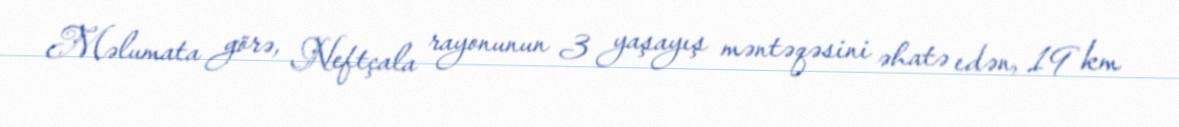
Məlumata görə, Neftçala rayonunun 3 yaşayış məntəqəsini əhatə edən, 19 km